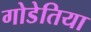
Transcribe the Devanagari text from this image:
गोडेतिया